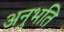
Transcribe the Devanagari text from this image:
अनुभति